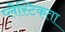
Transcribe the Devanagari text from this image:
प्लैस्टिकता